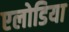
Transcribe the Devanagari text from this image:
एलोडिया